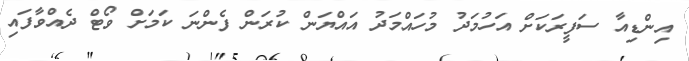
އިންޑިއާ ސަފީރަކަށް އަހުމަދު މުހައްމަދު އައްޔަން ކުރަން ފެންނަ ކަަމަށް ވޯޓް ދެއްވާފައި